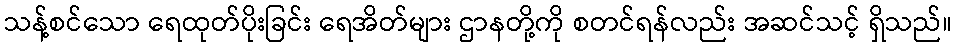
သန့်စင်သော ရေထုတ်ပိုးခြင်း ရေအိတ်များ ဌာနတို့ကို စတင်ရန်လည်း အဆင်သင့် ရှိသည်။